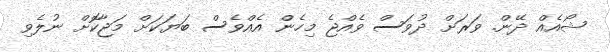
ޝޯއެއް ދޭން. ވަރަށް ދުވަސް ވެއްޖެ މިހެން އެއްވެސް ބަޔަކަށް މަޖާކޮށް ނުލެވި